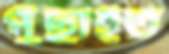
পুঁছাইত